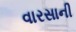
વારસાની